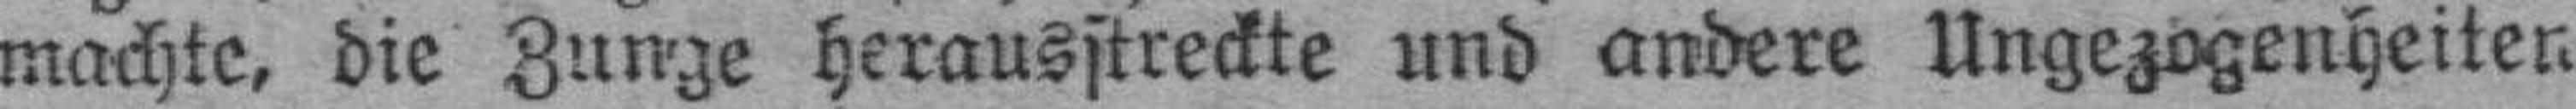
machte, die Zunge herausstreckte und andere Ungezogenheiten